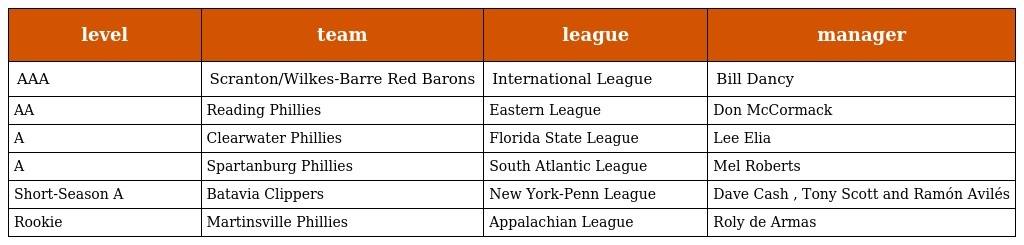
| level | team | league | manager |
 | --- | --- | --- | --- |
 | AAA | Scranton/Wilkes-Barre Red Barons | International League | Bill Dancy |
 | AA | Reading Phillies | Eastern League | Don McCormack |
 | A | Clearwater Phillies | Florida State League | Lee Elia |
 | A | Spartanburg Phillies | South Atlantic League | Mel Roberts |
 | Short-Season A | Batavia Clippers | New York-Penn League | Dave Cash , Tony Scott and Ramón Avilés |
 | Rookie | Martinsville Phillies | Appalachian League | Roly de Armas |